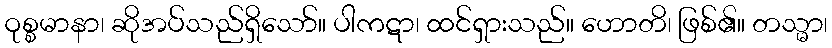
ဝုစ္စမာနာ၊ ဆိုအပ်သည်ရှိသော်။ ပါကဋာ၊ ထင်ရှားသည်။ ဟောတိ၊ ဖြစ်၏။ တသ္မာ၊